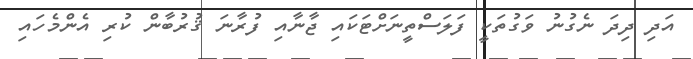
އަދި ދިދަ ނެގުނު ވަގުތަކީ ފަލަސްތީނަށްޓަކައި ޖާނާއި ފުރާނަ ޤުރުބާން ކުރި އެންމެހައި